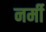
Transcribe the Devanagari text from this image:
नर्मी